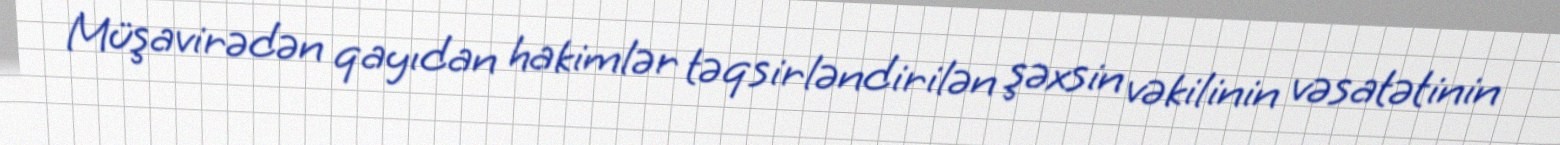
Müşavirədən qayıdan hakimlər təqsirləndirilən şəxsin vəkilinin vəsatətinin